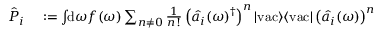
\begin{array} { r l } { \hat { P } _ { i } } & { { } : = \int \! \! \mathrm { d } \omega f ( \omega ) \sum _ { n \ne 0 } \frac { 1 } { n ! } \left( \hat { a } _ { i } ( \omega ) ^ { \dagger } \right) ^ { n } | \mathrm { v a c } \rangle \langle \mathrm { v a c } | \left( \hat { a } _ { i } ( \omega ) \right) ^ { n } } \end{array}